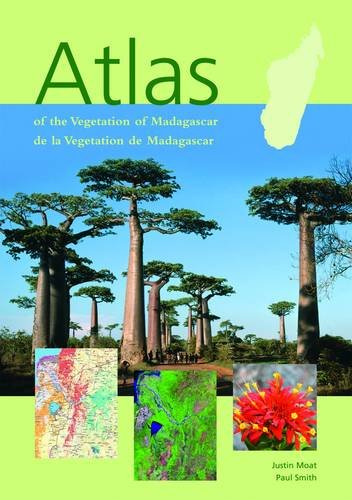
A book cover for Atlas of the Vegetation of Madagascar; Justin Moat; Travel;